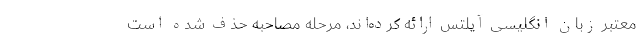
معتبر زبان انگلیسی آیلتس ارائه کرده‌اند، مرحله مصاحبه حذف شده است